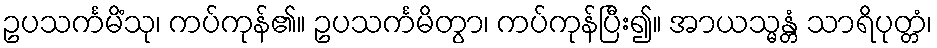
ဥပသင်္ကမိံသု၊ ကပ်ကုန်၏။ ဥပသင်္ကမိတွာ၊ ကပ်ကုန်ပြီး၍။ အာယသ္မန္တံ သာရိပုတ္တံ၊